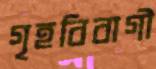
গৃহবিবাগী